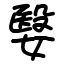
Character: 嫛